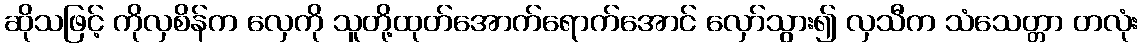
ဆိုသဖြင့် ကိုလှစိန်က လှေကို သူတို့ထုတ်အောက်ရောက်အောင် လှော်သွား၍ လှသီက သံသေတ္တာ တလုံး